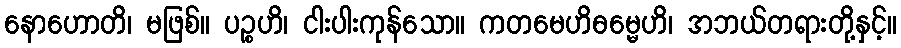
နောဟောတိ၊ မဖြစ်။ ပဉ္စဟိ၊ ငါးပါးကုန်သော။ ကတမေဟိဓမ္မေဟိ၊ အဘယ်တရားတို့နှင့်။